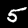
Digit: 5